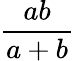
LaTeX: \frac{ab}{a+b}